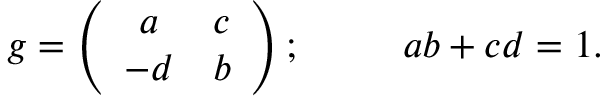
g = \left( \begin{array} { c c } { { a } } & { { c } } \\ { { - d } } & { { b } } \end{array} \right) ; \; \; \; \; \; \; \; \; \ a b + c d = 1 .